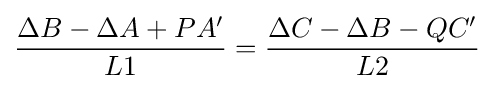
{\dfrac {\Delta B-\Delta A+PA'}{L1}}={\dfrac {\Delta C-\Delta B-QC'}{L2}}